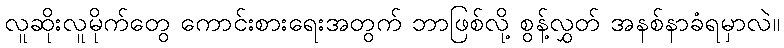
လူဆိုးလူမိုက်တွေ ကောင်းစားရေးအတွက် ဘာဖြစ်လို့ စွန့်လွှတ် အနစ်နာခံရမှာလဲ။